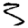
Digit: 3